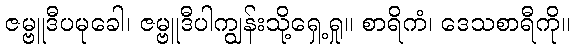
ဇမ္ဗူဒီပမုခေါ၊ ဇမ္ဗူဒီပါကျွန်းသို့ရှေ့ရှု။ စာရိကံ၊ ဒေသစာရီကို။